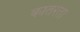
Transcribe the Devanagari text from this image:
कातरता